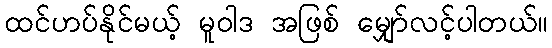
ထင်ဟပ်နိုင်မယ့် မူဝါဒ အဖြစ် မျှော်လင့်ပါတယ်။